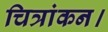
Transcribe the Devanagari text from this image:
चित्रांकन।